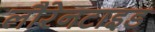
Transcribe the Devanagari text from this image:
लौरेनटाइड